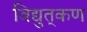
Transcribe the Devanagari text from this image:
विद्युत्‌कण